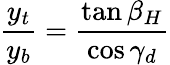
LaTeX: \frac{y_{t}}{y_{b}}=\frac{\tan\beta_{H}}{\cos\gamma_{d}}